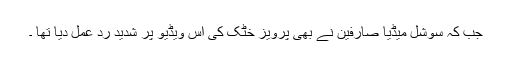
جب کہ سوشل میڈیا صارفین نے بھی پرویز خٹک کی اس ویڈیو پر شدید رد عمل دیا تھا ۔